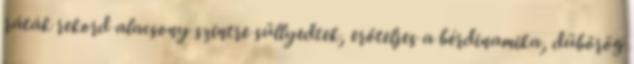
ráták rekord alacsony szintre süllyedtek, erőteljes a bérdinamika, dübörög